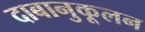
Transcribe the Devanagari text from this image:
दाबानुकूलन